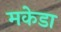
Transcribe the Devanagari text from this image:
मकेडा